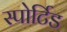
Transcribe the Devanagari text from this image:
स्पोर्टिड